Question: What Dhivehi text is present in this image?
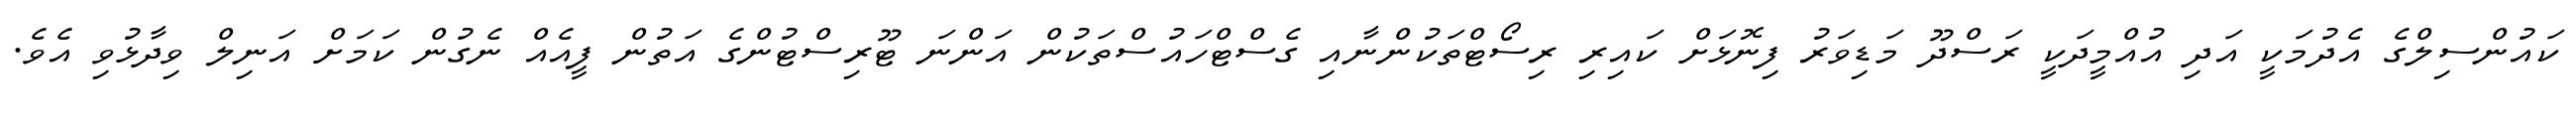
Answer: ކައުންސިލްގެ އެދުމަކީ އަދި އުއްމީދަކީ ރަސްދޫ މަޑިވަރު ފިނޮޅަށް ކައިރި ރިސޯޓްތަކުންނާއި ގެސްޓްހައުސްތަކުން އަންނަ ޓޫރިސްޓުންގެ އަތުން ފީއެއް ނެގުން ކަމަށް އަނިލް ވިދާޅުވި އެވެ.